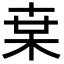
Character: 枽